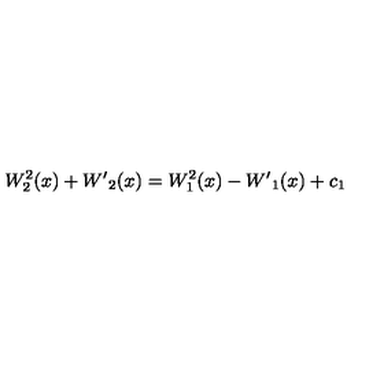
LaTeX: W _ { 2 } ^ { 2 } ( x ) + { W ^ { \prime } } _ { 2 } ( x ) = W _ { 1 } ^ { 2 } ( x ) - { W ^ { \prime } } _ { 1 } ( x ) + c _ { 1 }